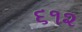
૬૧૨